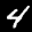
Label: 4